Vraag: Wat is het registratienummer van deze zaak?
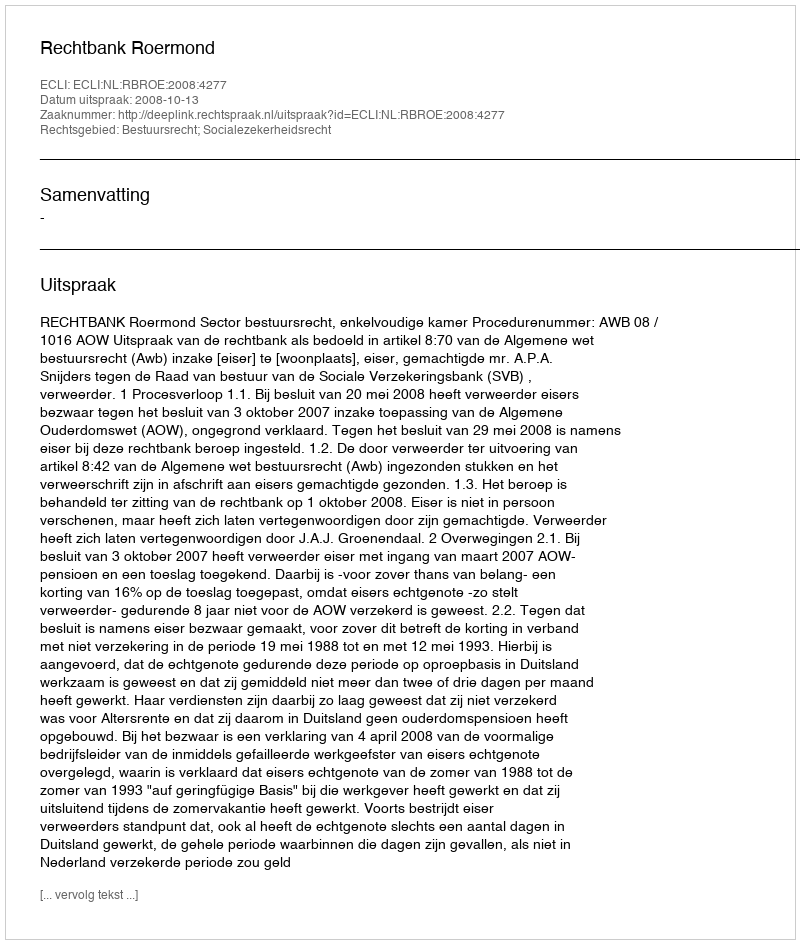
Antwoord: http://deeplink.rechtspraak.nl/uitspraak?id=ECLI:NL:RBROE:2008:4277